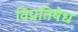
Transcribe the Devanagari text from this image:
विप्रतिषेध